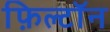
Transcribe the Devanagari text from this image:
फ़िल्टॉन